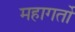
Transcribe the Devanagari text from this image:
महागर्तो